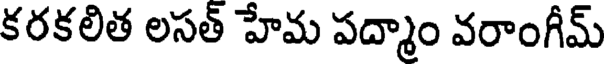
కరకలిత లసత్ హేమ పద్మాం వరాంగీమ్